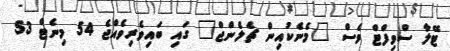
ޓޭލާ ސްވިފްޓް ވެސް "މެނެކުއިން ޗެލެންޖް" ގައި ބައިވެރިވެއްޖެ 54 މިނެޓް 53